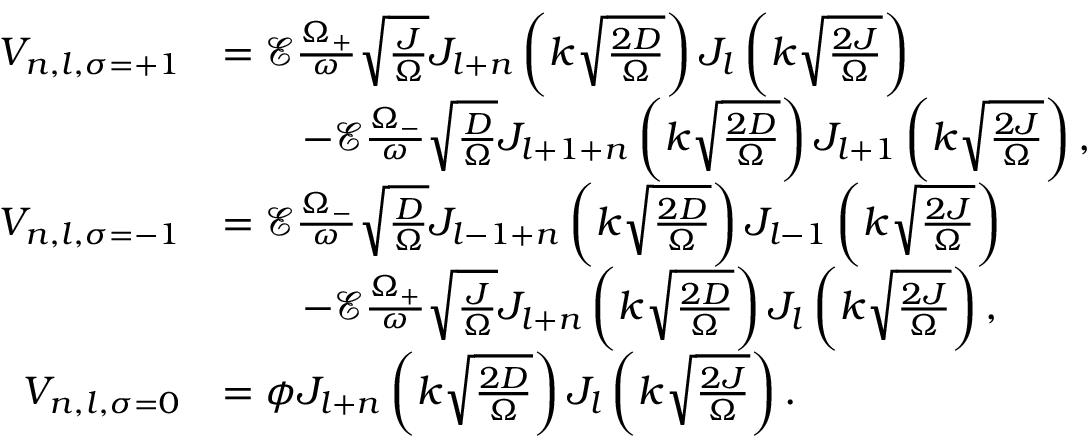
\begin{array} { r l } { V _ { n , l , \sigma = + 1 } } & { = \mathcal { E } \frac { \Omega _ { + } } { \omega } \sqrt { \frac { J } { \Omega } } J _ { l + n } \left( k \sqrt { \frac { 2 D } { \Omega } } \right) J _ { l } \left( k \sqrt { \frac { 2 J } { \Omega } } \right) } \\ & { \qquad - \mathcal { E } \frac { \Omega _ { - } } { \omega } \sqrt { \frac { D } { \Omega } } J _ { l + 1 + n } \left( k \sqrt { \frac { 2 D } { \Omega } } \right) J _ { l + 1 } \left( k \sqrt { \frac { 2 J } { \Omega } } \right) , } \\ { V _ { n , l , \sigma = - 1 } } & { = \mathcal { E } \frac { \Omega _ { - } } { \omega } \sqrt { \frac { D } { \Omega } } J _ { l - 1 + n } \left( k \sqrt { \frac { 2 D } { \Omega } } \right) J _ { l - 1 } \left( k \sqrt { \frac { 2 J } { \Omega } } \right) } \\ & { \qquad - \mathcal { E } \frac { \Omega _ { + } } { \omega } \sqrt { \frac { J } { \Omega } } J _ { l + n } \left( k \sqrt { \frac { 2 D } { \Omega } } \right) J _ { l } \left( k \sqrt { \frac { 2 J } { \Omega } } \right) , } \\ { V _ { n , l , \sigma = 0 } } & { = \phi J _ { l + n } \left( k \sqrt { \frac { 2 D } { \Omega } } \right) J _ { l } \left( k \sqrt { \frac { 2 J } { \Omega } } \right) . } \end{array}